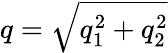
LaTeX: q=\sqrt{q_{1}^{2}+q_{2}^{2}}